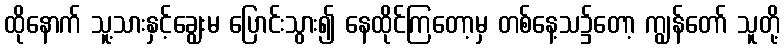
ထိုနောက် သူ့သားနှင့်ချွေးမ ပြောင်းသွား၍ နေထိုင်ကြတော့မှ တစ်နေ့သ၌တော့ ကျွန်တော် သူတို့